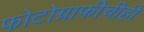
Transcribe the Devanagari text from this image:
फोटोग्राफीचीही